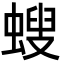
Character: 螋